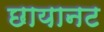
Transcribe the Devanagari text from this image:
छायानट